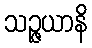
သဉ္ဇယာနိ